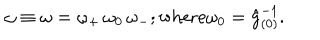
\omega \equiv \omega = \omega _ { + } \, \omega _ { 0 } \, \omega _ { - } ; \mathrm { w h e r e } \omega _ { 0 } = \hat { g } _ { ( 0 ) } ^ { - 1 } .